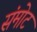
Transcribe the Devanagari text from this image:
संमोट